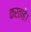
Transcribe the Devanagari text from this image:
करताहै।